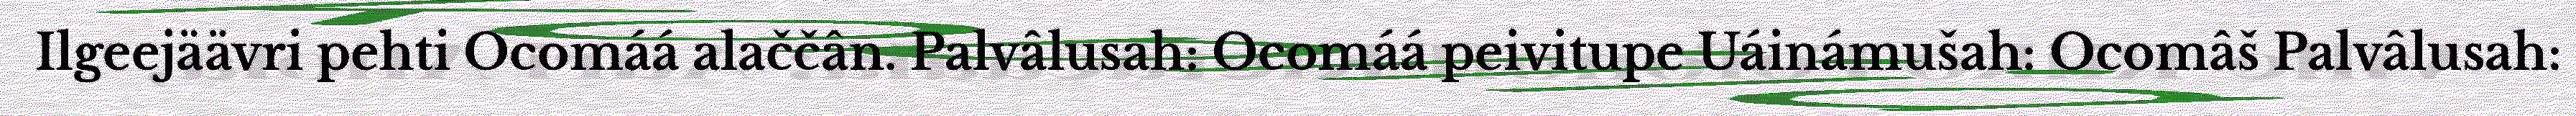
Ilgeejäävri pehti Ocomáá alaččân. Palvâlusah: Ocomáá peivitupe Uáinámušah: Ocomâš Palvâlusah: